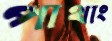
পাথাং